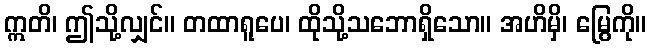
ဣတိ၊ ဤသို့လျှင်။ တထာရူပေ၊ ထိုသို့သဘောရှိသော။ အဟိမှိ၊ မြွေကို။